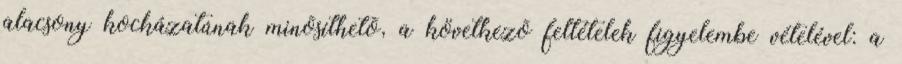
alacsony kockázatúnak minõsíthetõ, a következõ feltételek figyelembe vételével: a